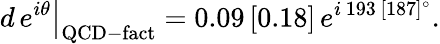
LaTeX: \left.d\, e^{i\theta}\right|_{\mathrm{QCD-fact}}=0.09\, [0.18]\, e^{i\, 193\, [187]^{\circ}}.